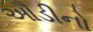
ઔડીનો